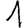
Digit: 1